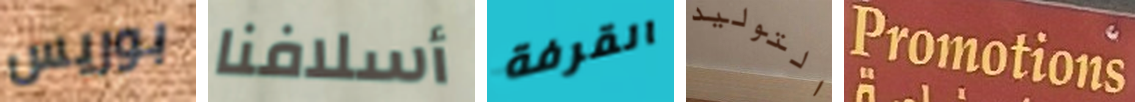
بوريس أسلافنا القرفة التوليد Promotions